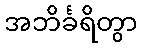
အဘိင်္ခရိတွာ